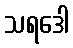
သရဒေါ